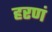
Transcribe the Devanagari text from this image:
हरणं